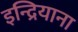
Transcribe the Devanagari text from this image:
इन्द्रियाना